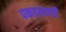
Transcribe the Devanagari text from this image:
पकडल्याची